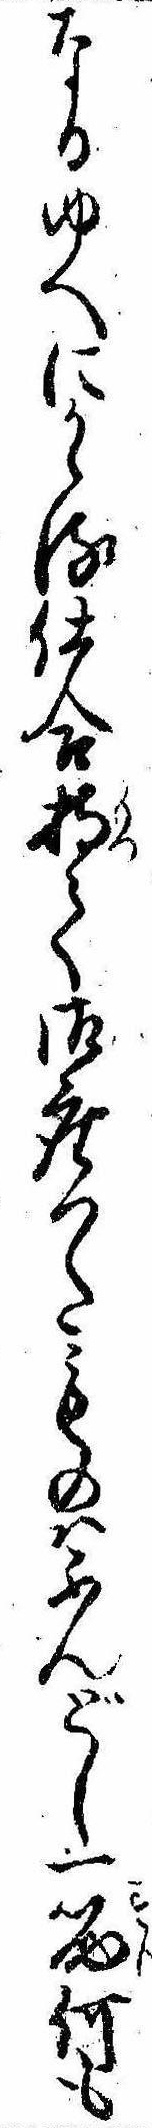
なるゆへにかゝる仕合持て御座つたものはふんどし一筋何も